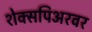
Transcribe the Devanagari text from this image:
शेक्सपिअरवर